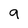
Character: 9